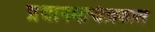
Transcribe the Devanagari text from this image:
प्रधानमन्त्रित्वकाल